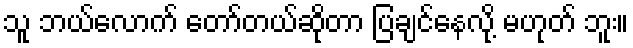
သူ ဘယ်လောက် တော်တယ်ဆိုတာ ပြချင်နေလို့ မဟုတ် ဘူး။